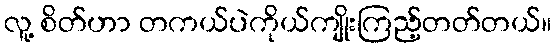
လူ့ စိတ်ဟာ တကယ်ပဲကိုယ်ကျိုးကြည့်တတ်တယ်။